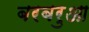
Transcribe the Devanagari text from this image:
बरबरुआ